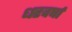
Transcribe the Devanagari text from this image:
धरवर्षा